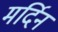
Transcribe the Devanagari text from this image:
मर्दिन